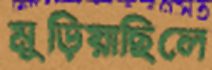
মুড়িয়াছিলে